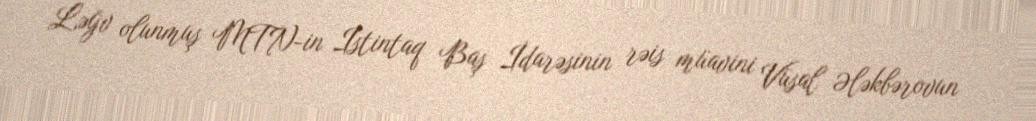
Ləğv olunmuş MTN-in İstintaq Baş İdarəsinin rəis müavini Vüsal Ələkbərovun